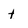
Character: t